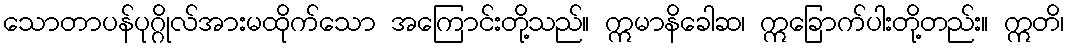
သောတာပန်ပုဂ္ဂိုလ်အားမထိုက်သော အကြောင်းတို့သည်။ ဣမာနိခေါဆ၊ ဣခြောက်ပါးတို့တည်း။ ဣတိ၊